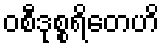
ဝစီဒုစ္စရိတေဟိ